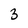
Character: 3